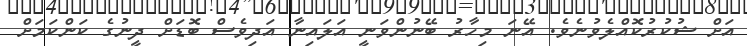
އަށް ޝުކުރުކޮއްލެވުނެވެ. އޭނަ މިހާރު ބޭނުންވަނީ އަލައިނާ އަދިވެސް ބޮޑަށް ދީނުގެ ކަންކަމަށް